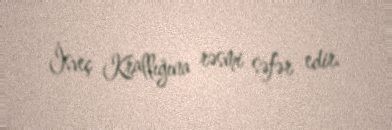
İsveç Krallığına rəsmi səfər edir.